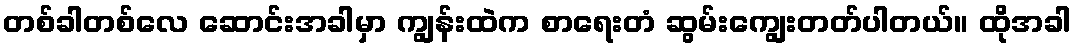
တစ်ခါတစ်လေ ဆောင်းအခါမှာ ကျွန်းထဲက စာရေးတံ ဆွမ်းကျွေးတတ်ပါတယ်။ ထိုအခါ